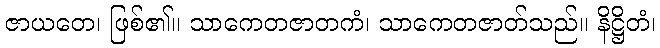
ဇာယတေ၊ ဖြစ်၏။ သာကေတဇာတကံ၊ သာကေတဇာတ်သည်။ နိဋ္ဌိတံ၊